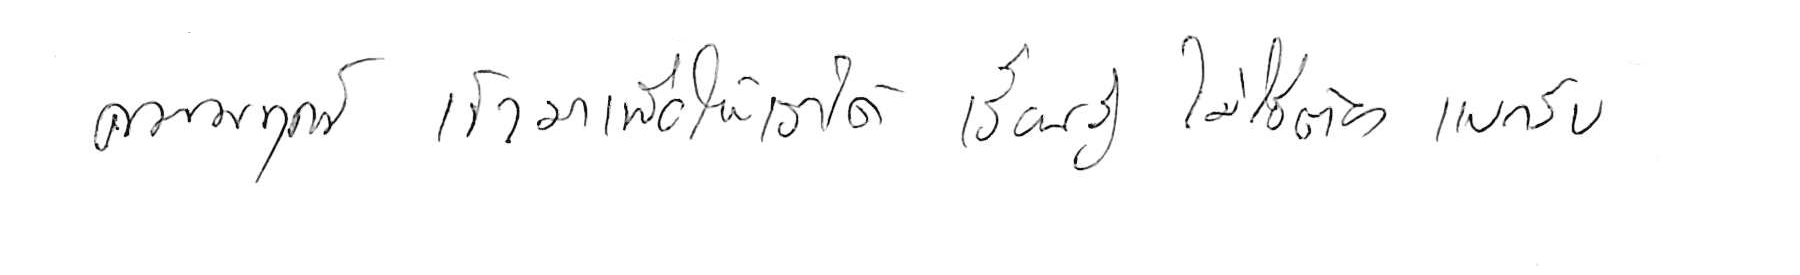
ความทุกข์ เข้ามาเพื่อให้เราได้ เรียนรู้ ไม่ใช่ต้อง แบกรับ